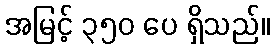
အမြင့် ၃၅၀ ပေ ရှိသည်။